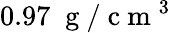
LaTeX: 0.97\; \mathrm{~g~}/\mathrm{~c~m~}^{3}